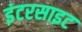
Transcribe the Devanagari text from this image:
इंटरसाइट